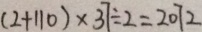
( 2 + 1 1 0 ) \times 3 7 \div 2 = 2 0 7 2